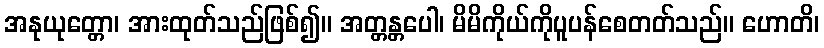
အနုယုတ္တော၊ အားထုတ်သည်ဖြစ်၍။ အတ္တန္တပေါ၊ မိမိကိုယ်ကိုပူပန်စေတတ်သည်။ ဟောတိ၊